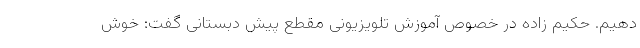
دهیم. حکیم زاده در خصوص آموزش تلویزیونی مقطع پیش دبستانی گفت: خوش